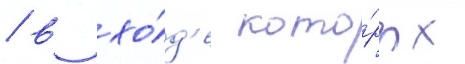
/ в хо́д'е кото́рых